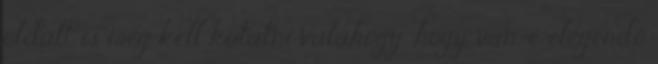
oldalt is meg kell kutatni valahogy, hogy van-e elegendő